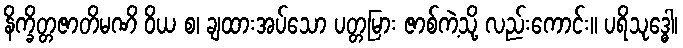
နိက္ခိတ္တဇာတိမဏိ ဝိယ စ၊ ချထားအပ်သော ပတ္တမြား ဇာစ်ကဲ့သို့ လည်းကောင်း။ ပရိသုဒ္ဓေါ၊